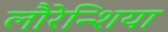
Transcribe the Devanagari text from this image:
लौरेन्शिया